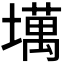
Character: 𫮮